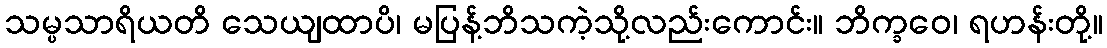
သမ္ပသာရိယတိ သေယျထာပိ၊ မပြန့်ဘိသကဲ့သို့လည်းကောင်း။ ဘိက္ခဝေ၊ ရဟန်းတို့။